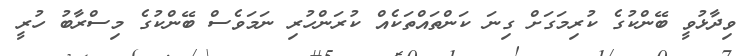
ވިދާޅުވީ ބޭންކުގެ ކުރިމަގަށް ގިނަ ކަންތައްތަކެއް ކުރަންހުރި ނަމަވެސް ބޭންކުގެ މިސްރާބު ހުރީ